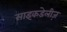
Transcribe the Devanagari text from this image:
साइकडेलीज़